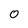
Character: 0